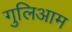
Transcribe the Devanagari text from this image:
गुलिआम